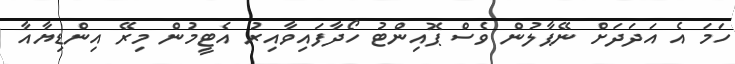
ހަމަ އެ އަދަދަށް ނޭޕާލުން ވެސް ޕޮއިންޓު ހޯދާފައިވާއިރު އެޓީމުން މިރޭ އިންޑިޔާއާ